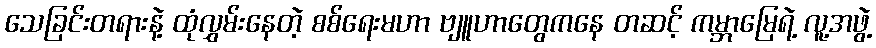
သေခြင်းတရားနဲ့ ထုံလွှမ်းနေတဲ့ စစ်ရေးမဟာ ဗျူဟာတွေကနေ တဆင့် ကမ္ဘာမြေရဲ့ လူ့အဖွဲ့